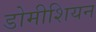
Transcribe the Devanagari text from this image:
डोमीशियन